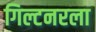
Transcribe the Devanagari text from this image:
गिल्टनरला